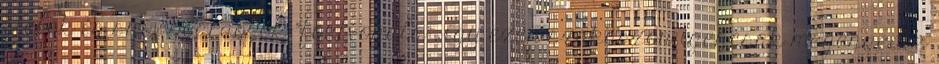
síelők és snowboardosok "főútvonala", így ezen szakaszon igencsak megengedik